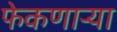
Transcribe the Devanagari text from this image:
फेकणार्‍या